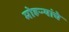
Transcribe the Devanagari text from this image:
मोहऱ्यांचे